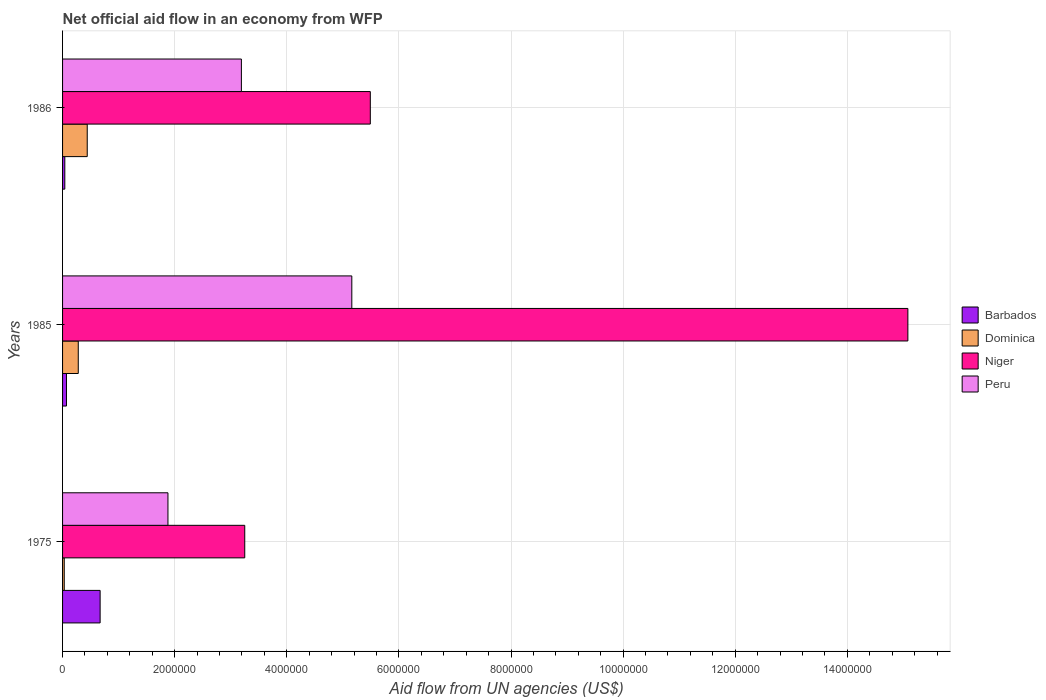
| Years | Barbados | Dominica | Niger | Peru |
 | --- | --- | --- | --- | --- |
 | 1975 | 6.7e+05 | 3e+04 | 3.25e+06 | 1.88e+06 |
 | 1985 | 7e+04 | 2.8e+05 | 1.51e+07 | 5.16e+06 |
 | 1986 | 4e+04 | 4.4e+05 | 5.49e+06 | 3.19e+06 |